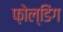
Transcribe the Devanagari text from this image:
फ़ोल्डिंग